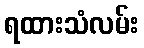
ရထားသံလမ်း